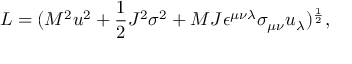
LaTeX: L = ( M ^ { 2 } u ^ { 2 } + { \frac { 1 } { 2 } } J ^ { 2 } \sigma ^ { 2 } + M J \epsilon ^ { \mu \nu \lambda } \sigma _ { \mu \nu } u _ { \lambda } ) ^ { \frac { 1 } { 2 } } ,